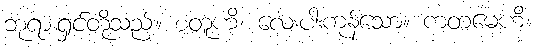
ဘုရားရှင်တို့သည်။ စတူဟိ၊ လေးပါးကုန်သော။ ကတမေဟိ၊